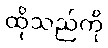
ထိုသည်ကို